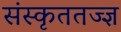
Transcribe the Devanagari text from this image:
संस्कृततज्ज्ञ